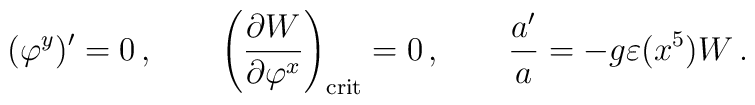
(\varphi^y)'  = 0 \,, \qquad\left({\partial W \over \partial \varphi^x}\right)_{\rm crit} =0 \,, \qquad\frac{a'}{a} = -  g \varepsilon (x^5)  W\,.